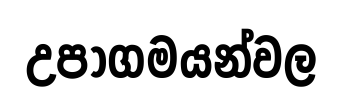
උපාගමයන්වල